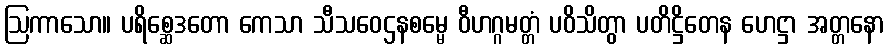
ဩကာသော။ ပရိစ္ဆေဒတော ကေသာ သီသဝေဌနစမ္မေ ဝီဟဂ္ဂမတ္တံ ပဝိသိတွာ ပတိဋ္ဌိတေန ဟေဋ္ဌာ အတ္တနော